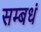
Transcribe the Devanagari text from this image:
सम्बधं